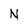
Character: N